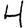
Digit: 4